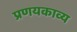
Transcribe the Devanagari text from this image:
प्रणयकाव्य